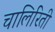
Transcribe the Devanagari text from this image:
चालिरिती